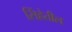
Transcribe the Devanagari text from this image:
सिंहेतील